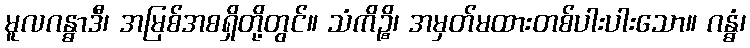
မူလဂန္ဓာဒီ၊ အမြစ်အစရှိတို့တွင်။ သံကိဉ္စိ၊ အမှတ်မထားတစ်ပါးပါးသော။ ဂန္ဓံ၊